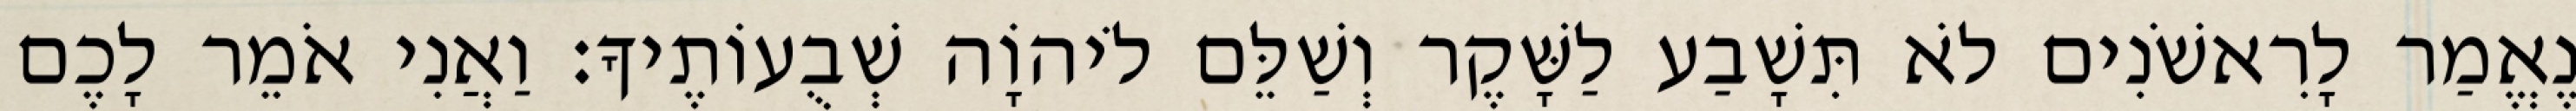
נֶאֱמַר לָרִאשֹׁנִים לֹא תִּשָׁבַע לַשָּׁקֶר וְשַׁלֵּם לֹיהוָֹה שְׁבֻעוֹתֶיךָ׃ וַאֲנִי אֹמֵר לָכֶם